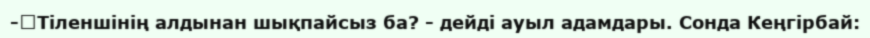
-	Тіленшінің алдынан шықпайсыз ба? - дейді ауыл адамдары. Сонда Кеңгірбай: